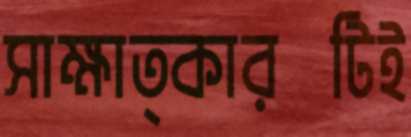
সাক্ষাত্কারটিই